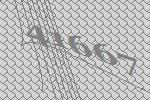
41667